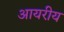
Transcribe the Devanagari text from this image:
आयरीय